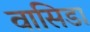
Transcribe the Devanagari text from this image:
वासिडा